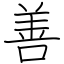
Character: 善